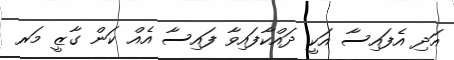
އަދި އެފައިސާ އަކީ ދައްކާފައިވާ ފައިސާ އެއް ކަން ގާޒީ މަރ